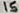
Text: 15